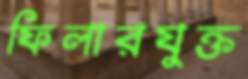
ফিলারযুক্ত